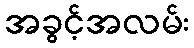
အခွင့်အလမ်း